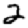
Digit: 2